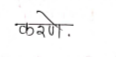
मजकूर: करणे